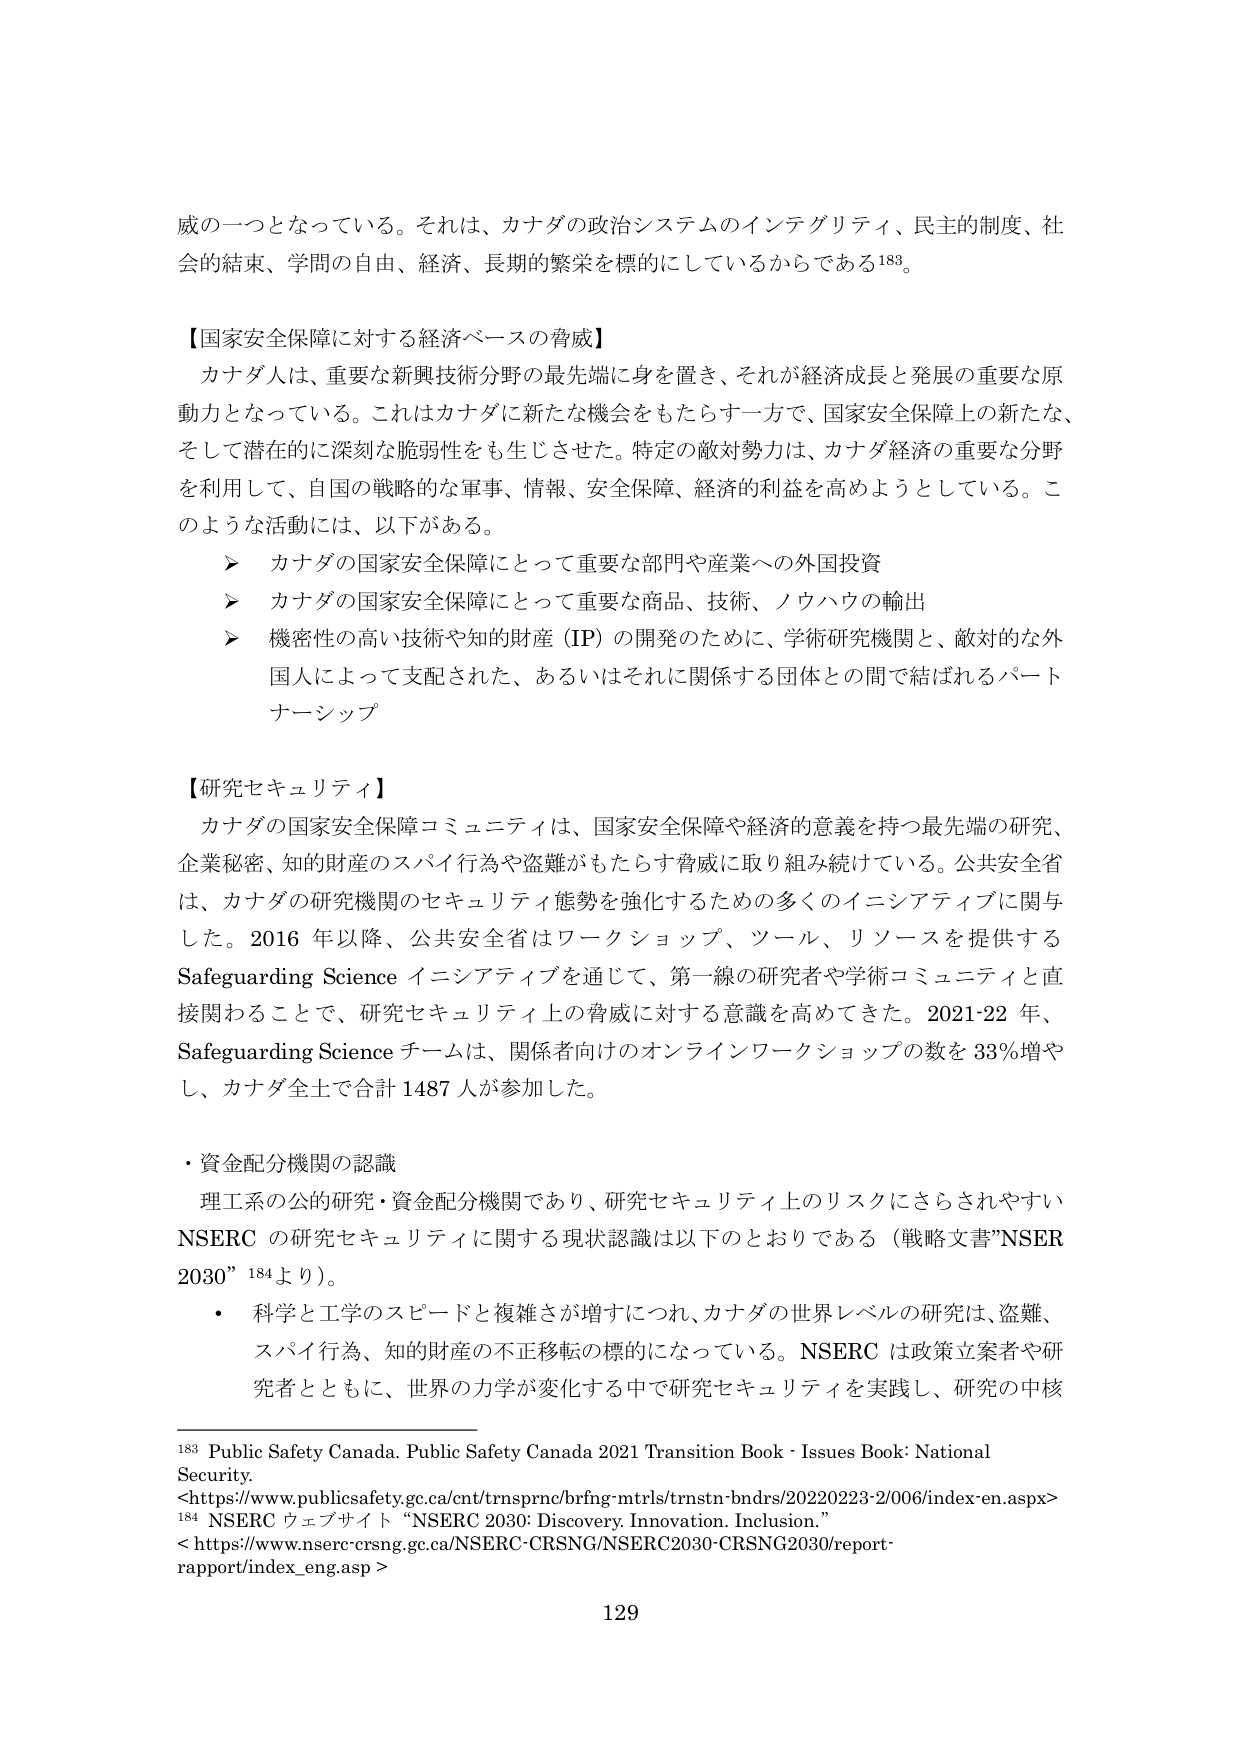
威の一つとなっている。それは、カナダの政治システムのインテグリティ、民主的制度、社会的結束、学問の自由、経済、長期的繁栄を標的にしてい るからである183。

【国家安全保障に対する経済ベースの脅威】
カナダ人は、重要な新興技術分野の最先端に身を置き、それが経済成長と発展の重要な原動力となっている。これはカナダに新たな機会をもたらす一方で、国家安全保障上の新たな、そして潜在的に深刻な脆弱性をも生じさせた。特定の敵対勢力は、カナダ経済の重要な分野を利用して、自国の戦略的な軍事、情報、安全保障、経済的利益を高めようとしている。このような活動には、以下がある。
➤ カナダの国家安全保障にとって重要な部門や産業への外国投資
➤ カナダの国家安全保障にとって重要な商品、技術、ノウハウの輸出
➤ 機密性の高い技術や知的財産（IP）の開発のために、学術研究機関と、敵対的な外国人によって支配された、あるいはそれに関係する団体との間で結ばれるパートナーシップ

【研究セキュリティ】
カナダの国家安全保障コミュニティは、国家安全保障や経済的意義を持つ最先端の研究、企業秘密、知的財産のスパイ行為や盗難がもたらす脅威に取り組み続けている。公共安全省は、カナダの研究機関のセキュリティ態勢を強化するための多くのイニシアティブに関与した。2016年以降、公共安全省はワークショップ、ツール、リソースを提供するSafeguarding Science イニシアティブを通じて、第一線の研究者や学術コミュニティと直接関わることで、研究セキュリティ上の脅威に対する意識を高めてきた。2021-22年、Safeguarding Science チームは、関係者向けのオンラインワークショップの数を33％増やし、カナダ全土で合計1487人が参加した。

・資金配分機関の認識
理工系の公的研究・資金配分機関であり、研究セキュリティ上のリスクにさらされやすいNSERCの研究セキュリティに関する現状認識は以下のとおりである（戦略文書”NSER 2030”184より）。
・ 科学と工学のスピードと複雑さが増すにつれ、カナダの世界レベルの研究は、盗難、スパイ行為、知的財産の不正移転の標的になっている。NSERCは政策立案者や研究者とともに、世界の力学が変化する中で研究セキュリティを実践し、研究の中核

183 Public Safety Canada. Public Safety Canada 2021 Transition Book - Issues Book: National Security.
<https://www.publicsafety.gc.ca/cnt/trnsprnc/brfng-mtrls/trmstn-bndrs/20220223-2/006/index-en.aspx>
184 NSERC ウェブサイト “NSERC 2030: Discovery. Innovation. Inclusion.”
< https://www.nserc-crsng.gc.ca/NSERC-CRSNG/NSERC2030-CRSNG2030/report-rapport/index_eng.asp >

129